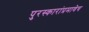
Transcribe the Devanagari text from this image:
पुरस्कारांप्रमाणेच